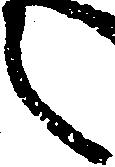
之